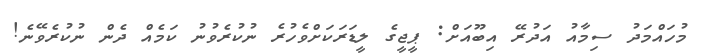
މުހައްމަދު ސިމާއު އަދުރޭ އިބޫއަށް: ޕީޖީގެ ލީޑަރަކަށްވެހުރެ ނުކުރެވުނު ކަމެއް ދެން ނުކުރެވޭނެ!